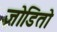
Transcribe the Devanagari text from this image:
जोडितो